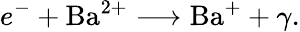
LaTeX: e^{-}+\mathrm{Ba}^{2+}\longrightarrow\mathrm{Ba}^{+}+\gamma.